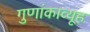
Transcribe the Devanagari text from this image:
गुणांकाव्यूह